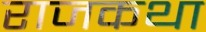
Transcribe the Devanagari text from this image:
राजकथा